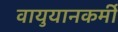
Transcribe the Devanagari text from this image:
वायुयानकर्मी